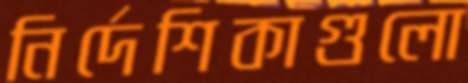
নির্দেশিকাগুলো